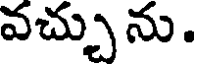
వచ్చును.